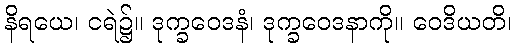
နိရယေ၊ ငရဲ၌။ ဒုက္ခဝေဒနံ၊ ဒုက္ခဝေဒနာကို။ ဝေဒိယတိ၊